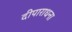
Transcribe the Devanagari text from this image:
दीपाराधना